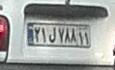
۲۱ل۷۸۸۱۱